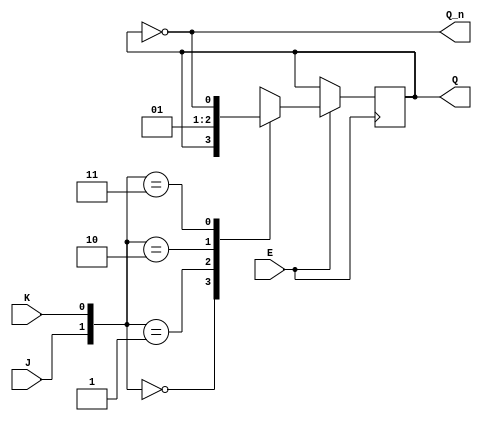
module gated_jk_latch (
    input wire J,        // Set input
    input wire K,        // Reset input
    input wire E,        // Enable input
    output reg Q,        // Output Q
    output wire Q_n      // Complementary output Q'
);

// Internal signal to hold temporary state
reg Q_temp;

always @(*) begin
    if (E) begin
        // Enable is active, check J and K inputs
        case ({J, K})
            2'b00: Q_temp = Q;      // No change
            2'b01: Q_temp = 0;      // Reset
            2'b10: Q_temp = 1;      // Set
            2'b11: Q_temp = ~Q;     // Toggle
            default: Q_temp = Q;    // Default case (shouldn't happen)
        endcase
    end else begin
        // Enable is inactive, retain previous state
        Q_temp = Q;
    end
end

// Always block to update the state of Q
always @(posedge E) begin
    Q <= Q_temp; // Update Q on positive edge of Enable
end

// Complementary output
assign Q_n = ~Q;

endmodule